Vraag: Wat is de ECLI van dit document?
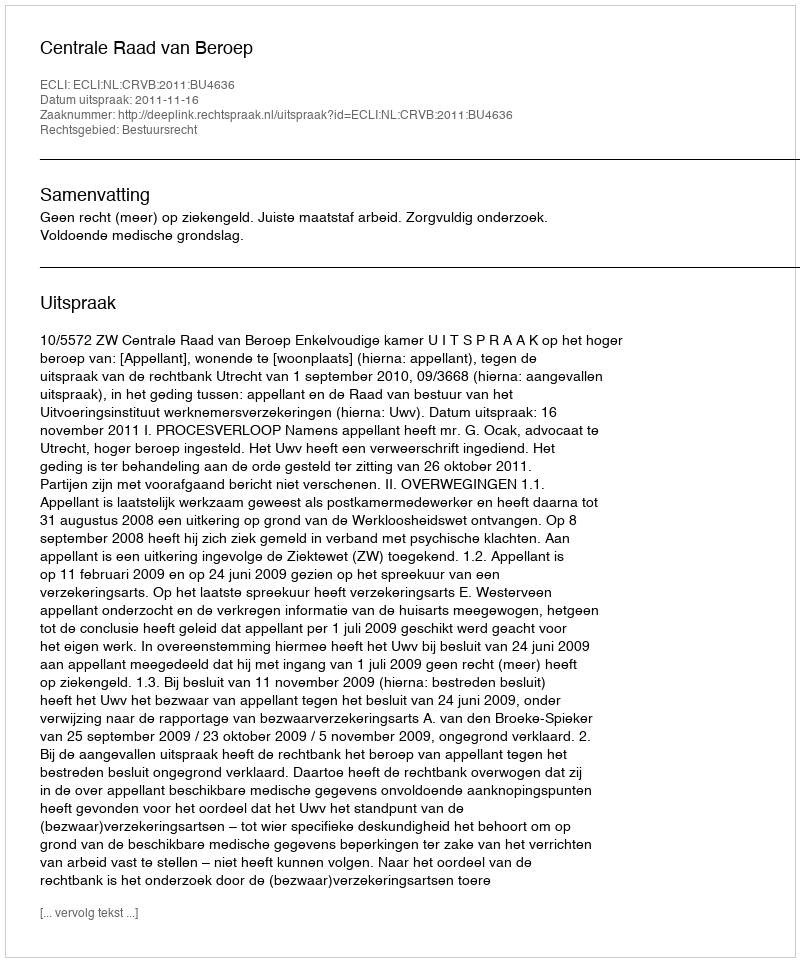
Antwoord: ECLI:NL:CRVB:2011:BU4636